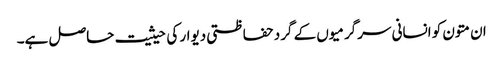
ان متون کو انسانی سرگرمیوں کے گرد حفاظتی دیوار کی حیثیت حاصل ہے۔